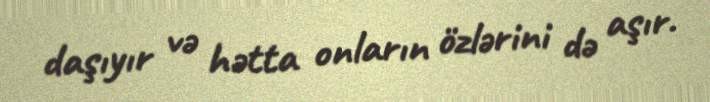
daşıyır və hətta onların özlərini də aşır.